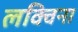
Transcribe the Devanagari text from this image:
लक्विना